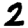
Digit: 2